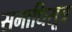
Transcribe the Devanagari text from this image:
समाधिसूत्र